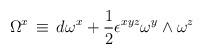
LaTeX: \begin{align*}\Omega^x \, \equiv \, d \omega^x +{1\over 2} \epsilon^{x y z} \omega^y \wedge \omega^z\end{align*}